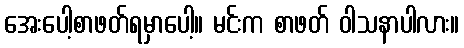
အေးပေါ့စာဖတ်ရမှာပေါ့။ မင်းက စာဖတ် ဝါသနာပါလား။